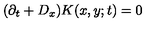
( \partial _ { t } + D _ { x } ) K ( x , y ; t ) = 0